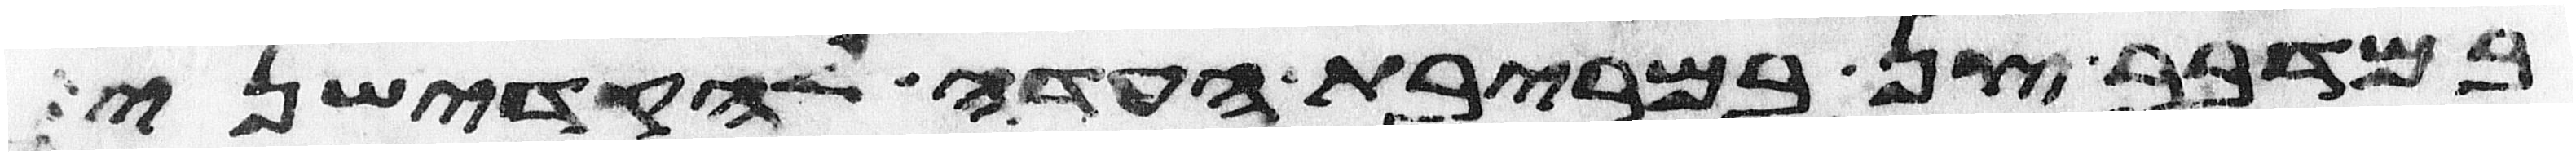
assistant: במדבר צן במריבת העדה להקדישני